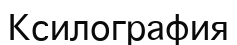
Ксилография